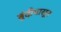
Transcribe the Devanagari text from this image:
बुंदीपासून